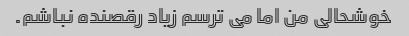
خوشحالی من اما می ترسم زیاد رقصنده نباشم.